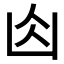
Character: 𠚄